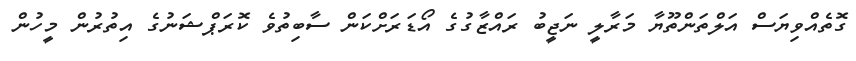
ގޮތެއްވިޔަސް އަލްތަންތޫޔާ މަރާލީ ނަޖީބު ރައްޒާގުގެ އޯޑަރަށްކަން ސާބިތުވެ ކޮރަޕްޝަނުގެ އިތުރުން މީހުން